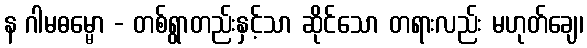
န ဂါမဓမ္မော - တစ်ရွာတည်းနှင့်သာ ဆိုင်သော တရားလည်း မဟုတ်ချေ၊